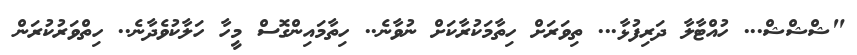
"ޝްޝްޝް... ހުއްޓާލާ ދަރިފުޅާ... ތިވަރަށް ހިތާމަކުރާކަށް ނުވާނެ.. ހިތާމައިންގޮސް މީހާ ހަލާކުވެދާނެ.. ހިތްވަރުކުރަން